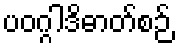
ပဝဂ္ဂါဒိဓာတ်စဉ်